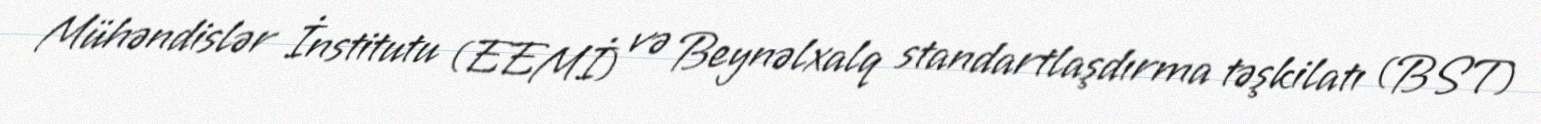
Mühəndislər İnstitutu (EEMİ) və Beynəlxalq standartlaşdırma təşkilatı (BST)